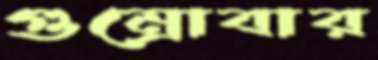
গুম্‌রোবার